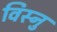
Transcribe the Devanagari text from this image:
विस्नु